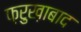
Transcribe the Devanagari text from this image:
फ़रुख़ाबाद